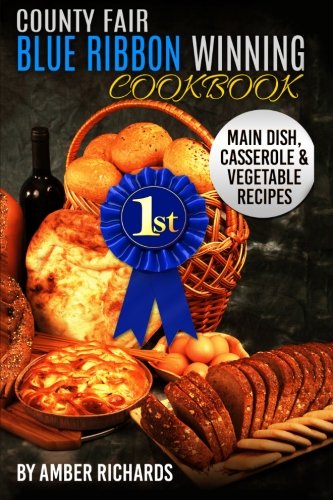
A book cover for County Fair Blue Ribbon Winning Cookbook: Main Dish, Casserole, & Vegetable Recipes (Volume 1); Amber Richards; Cookbooks, Food & Wine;